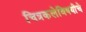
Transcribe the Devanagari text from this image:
चित्रकलेविषयीचे